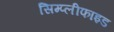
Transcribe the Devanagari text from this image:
सिम्प्लीफाइड